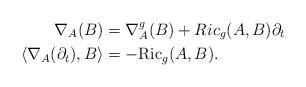
LaTeX: \begin{align*} \nabla_A(B) & =\nabla^g_A(B)+Ric_g(A,B)\partial_t \\ \langle \nabla_A(\partial_t),B\rangle & =-{\rm Ric}_g(A,B).\end{align*}